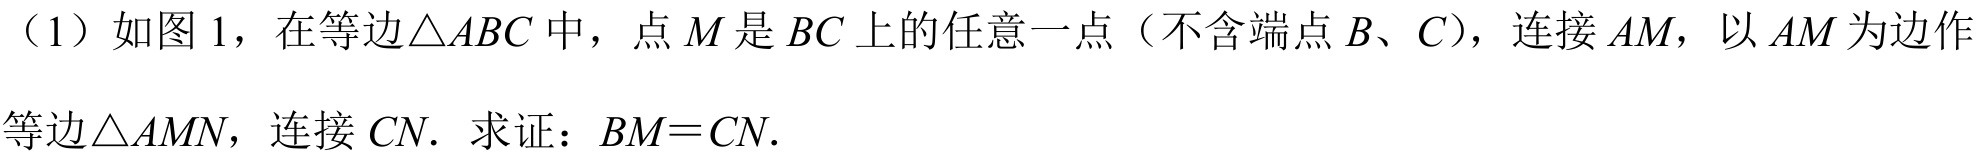
（1）如图1，在等边\(\triangle ABC\)中，点\(M\)是\(BC\)上的任意一点（不含端点\(B、C\)），连接\(AM\)，以\(AM\)为边作等边\(\triangle AMN\)，连接\(CN\). 求证：\(BM = CN\).